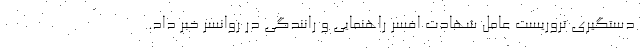
دستگیری تروریست عامل شهادت افسر راهنمایی و رانندگی در روانسر خبر داد.